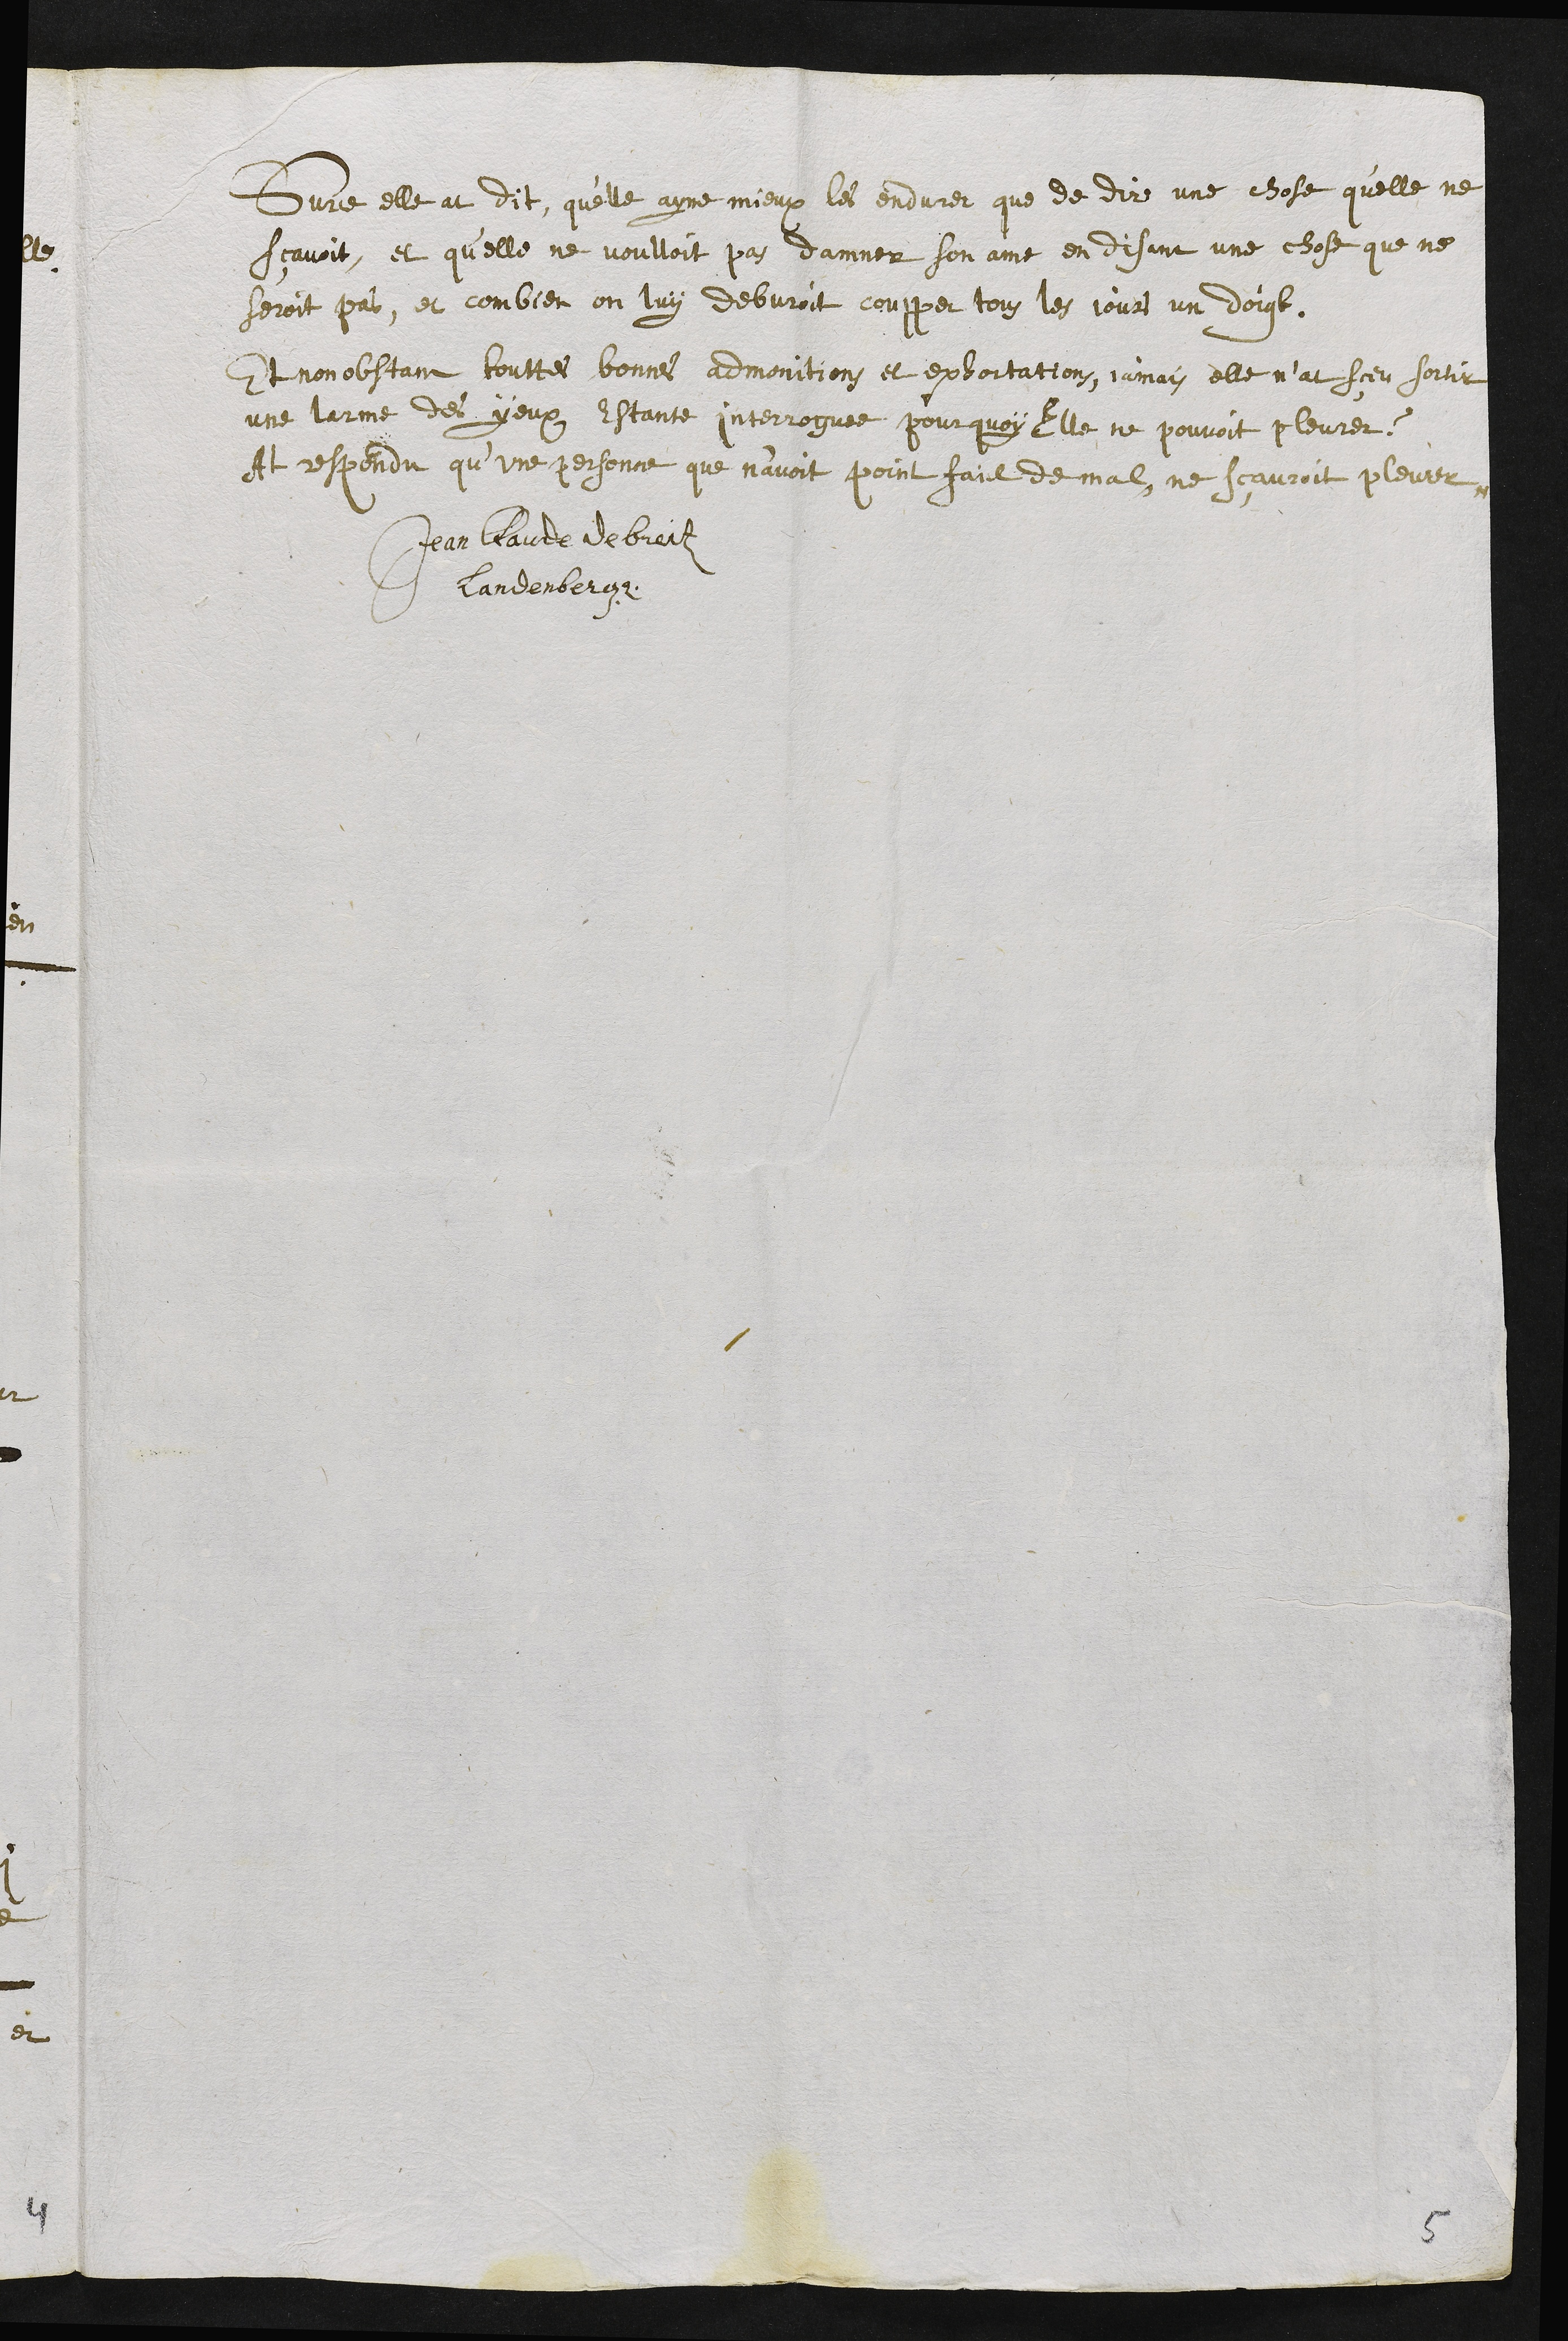
Surce elle at dit, qu'elle ayme mieux les endurer que de dire une chose qu’elle ne
sçavoit, et qu’elle ne voulloit pas damner son ame en disant une chose que ne
seroit pas, et combien on luy debvroit coupper tous les jours un doigt.
Et nonobstant touttes bonnes admonitions et exhortations, jamais elle n’at sçeu sortir
une larme des yeux estante interroguee, pourquoy elle ne pouvoit pleurer ?
At respondu qu’une personne que n’avoit point faict de mal, ne sçauroit pleurer
Jean Claude de breiten
Landenberg
5